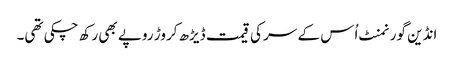
انڈین گورنمنٹ اُس کے سر کی قیمت ڈیڑھ کروڑ روپے بھی رکھ چکی تھی۔